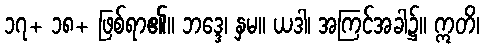
၁၇+ ၁၈+ ဖြစ်ရာ၏။ ဘဒ္ဒေ၊ နှမ။ ယဒါ၊ အကြင်အခါ၌။ ဣတိ၊